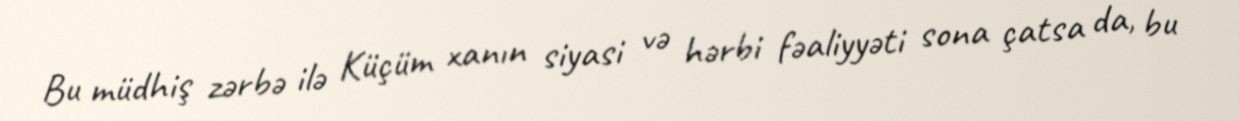
Bu müdhiş zərbə ilə Küçüm xanın siyasi və hərbi fəaliyyəti sona çatsa da, bu